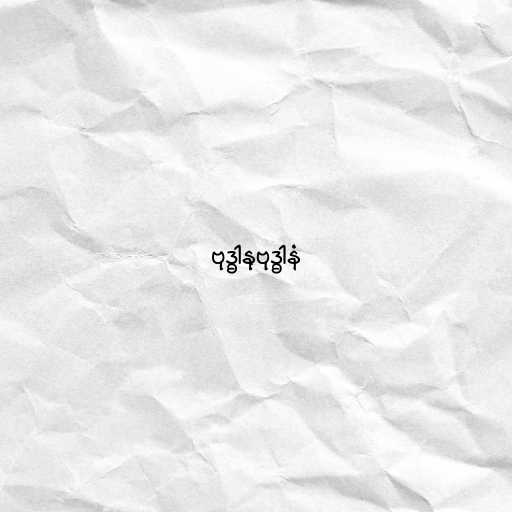
ဗုဒ္ဓါနုဗုဒ္ဓါနံ